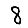
Digit: 8